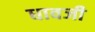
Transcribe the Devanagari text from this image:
धावजी